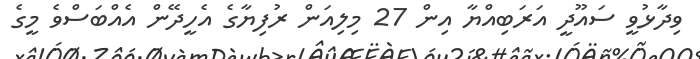
ވިދާޅުވީ ސައޫދީ އަރަބިއްޔާ އިން 27 މިލިއަން ރުފިޔާގެ އެހީދޭން އެއްބަސްވެ މީގެ